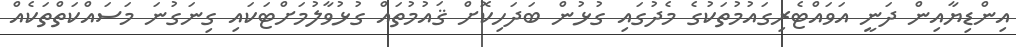
އިންޑިޔާއިން ދަނީ އަވައްޓެރިގައުމުތަކުގެ މެދުގައި ގުޅުން ބަދަހިކޮށް ޤައުމުތައް ގުޅުވާލުމަށްޓަކައި ގިނަގުނަ މަސައްކަތްތަކެއް